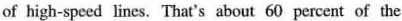
of high-speed lines. That's about 60 percent of the